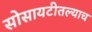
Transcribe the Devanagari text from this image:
सोसायटीतल्याच